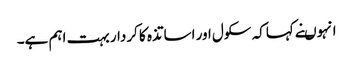
انہوںنے کہاکہ سکول اور اساتذہ کا کردار بہت اہم ہے۔